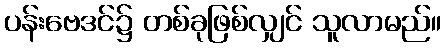
ပန်းဗေဒင်၌ တစ်ခုဖြစ်လျှင် သူလာမည်။